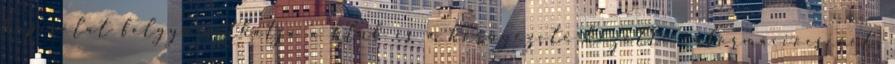
kapcsolat felgyorsíthatja a klub és a környezete közötti információcserét,